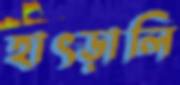
হাৎড়ালি